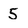
Character: 5